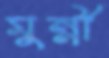
মুন্নী